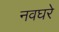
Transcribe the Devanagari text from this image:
नवघरे